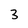
Character: 3